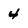
Character: 4